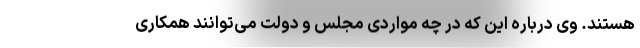
هستند. وی درباره این که در چه مواردی مجلس و دولت می‌توانند همکاری